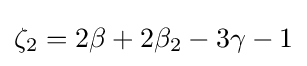
\zeta _{2}=2\beta +2\beta _{2}-3\gamma -1